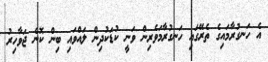
އެ ހަނގުރާމައިގެ ތެރޭގައި ހަނގުރާމަވެރިން ވަނީ ކުޑަކުދިން ލައްވައި ބިން ކޮނެ ޖަވާހިރު